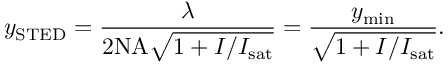
y _ { \mathrm { S T E D } } = \frac { \lambda } { 2 \mathrm { N A } \sqrt { 1 + I / I _ { \mathrm { s a t } } } } = \frac { y _ { \mathrm { m i n } } } { \sqrt { 1 + I / I _ { \mathrm { s a t } } } } .